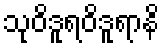
သုဝိဒူရဝိဒူရာနိ